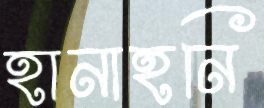
হানাহনি